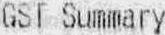
GST SUMMARY